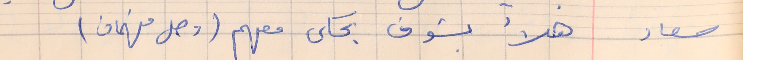
سعاد     هلأ بشوف بحكى معهم (وصل فهمان)